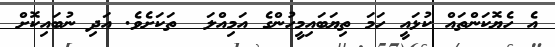
އެ ހެޔޮކަންތައް ކުޅައީ ހަމަ ތިޔަބައިމީހުންގެ އަމިއްލަ  ތަކަށެވެ. އަދި ނުބައިކޮށް